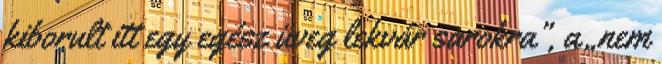
kiborult itt egy egész üveg lekvár sarokra”, a „nem